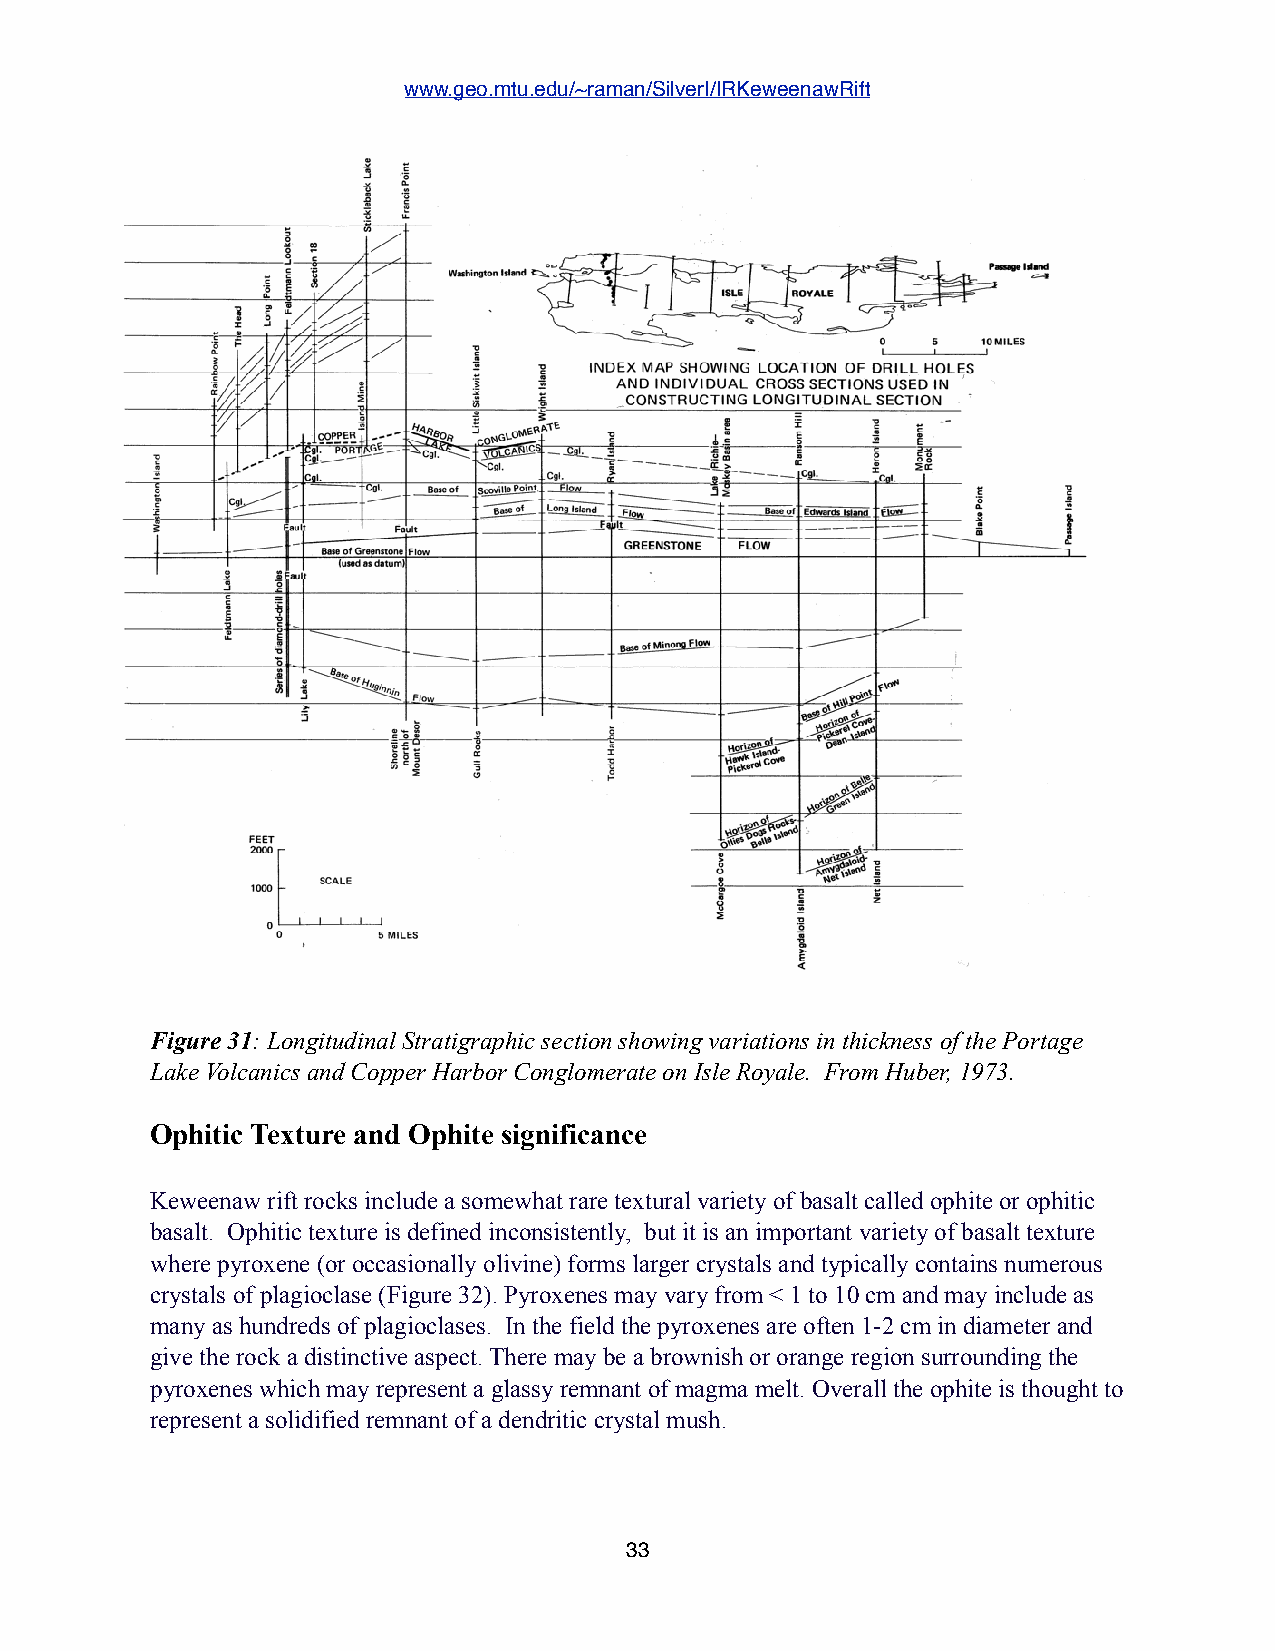
www.geo.mtu.edu/~raman/SilverI/IRKeweenawRift
 Figure 31: Longitudinal Stratigraphic section showing variations in thickness of the Portage
 Lake Volcanics and Copper Harbor Conglomerate on Isle Royale. From Huber, 1973.
 Ophitic Texture and Ophite significance
 Keweenaw rift rocks include a somewhat rare textural variety of basalt called ophite or ophitic
 basalt. Ophitic texture is defined inconsistently, but it is an important variety of basalt texture
 where pyroxene (or occasionally olivine) forms larger crystals and typically contains numerous
 crystals of plagioclase (Figure 32). Pyroxenes may vary from < 1 to 10 cm and may include as
 many as hundreds of plagioclases. In the field the pyroxenes are often 1-2 cm in diameter and
 give the rock a distinctive aspect. There may be a brownish or orange region surrounding the
 pyroxenes which may represent a glassy remnant of magma melt. Overall the ophite is thought to
 represent a solidified remnant of a dendritic crystal mush.
 33